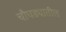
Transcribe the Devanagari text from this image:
चौघड्यातील